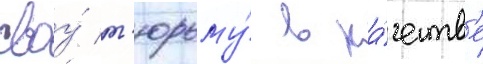
своу́ т'юрьму́ в ка́честв'е